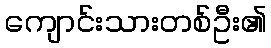
ကျောင်းသားတစ်ဦး၏